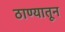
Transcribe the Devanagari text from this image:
ठाण्यातून